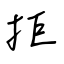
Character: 拒